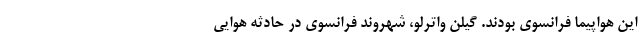
این هواپیما فرانسوی بودند. گیلن واترلو، شهروند فرانسوی در حادثه هوایی